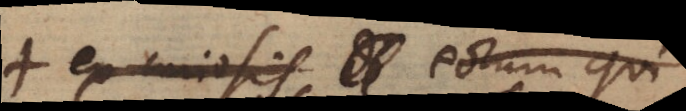
+ ex curiosis eorum qui